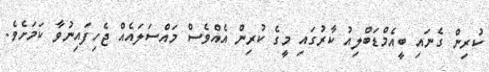
ކުރިން ގެނައި ބީއެމްޑަބްލިއު ކާރުގައި މީގެ ކުރިން އެއްވެސް މައްސަލަައެއް ޖެހިފައިނުވާ ކަމަށެވެ.